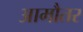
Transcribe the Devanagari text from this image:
आमौतर